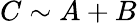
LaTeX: C\sim A+B